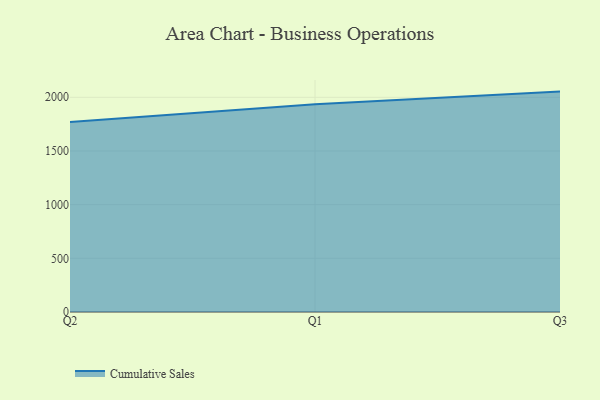
{"axis": {"x": "Quarter", "y": "Tickets Resolved"}, "legend": ["Cumulative Sales"], "data": [{"x": "Q2", "y": 1770.0, "type": "Cumulative Sales"}, {"x": "Q1", "y": 1936.0, "type": "Cumulative Sales"}, {"x": "Q3", "y": 2053.0, "type": "Cumulative Sales"}]}